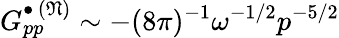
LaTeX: G_{pp}^{\bullet\, (\mathfrak{N})}\sim-(8\pi)^{-1}\omega^{-1/2}p^{-5/2}